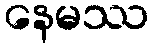
နေမဿ